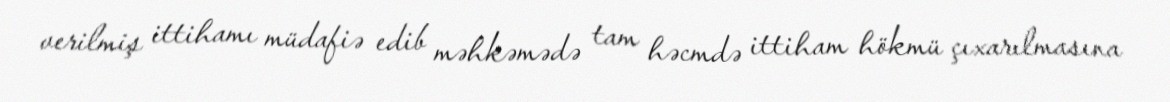
verilmiş ittihamı müdafiə edib məhkəmədə tam həcmdə ittiham hökmü çıxarılmasına